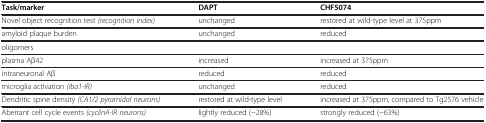
<table><thead><tr><td><b>Task/marker</b></td><td><b>DAPT</b></td><td><b>CHF5074</b></td></tr></thead><tbody><tr><td>Novel object recognition test <i>(recognition index)</i></td><td>unchanged</td><td>restored at wild-type level at 375ppm</td></tr><tr><td>amyloid plaque burden</td><td>unchanged</td><td>reduced</td></tr><tr><td>oligomers</td><td> </td><td> </td></tr><tr><td>plasma Aβ42</td><td>increased</td><td>increased at 375ppm</td></tr><tr><td>intraneuronal Aβ</td><td>reduced</td><td>reduced</td></tr><tr><td>microglia activation <i>(Iba1-IR)</i></td><td>unchanged</td><td>reduced</td></tr><tr><td>Dendritic spine density <i>(CA1/2 pyramidal neurons)</i></td><td>restored at wild-type level</td><td>increased at 375ppm, compared to Tg2576 vehicle</td></tr><tr><td>Aberrant cell cycle events <i>(cyclinA-IR neurons)</i></td><td>lightly reduced (−28%)</td><td>strongly reduced (−63%)</td></tr></tbody></table>